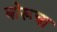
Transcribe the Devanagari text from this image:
बोरूचा